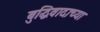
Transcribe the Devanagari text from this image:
बुद्धिवादाच्या